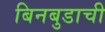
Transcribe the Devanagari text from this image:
बिनबुडाची